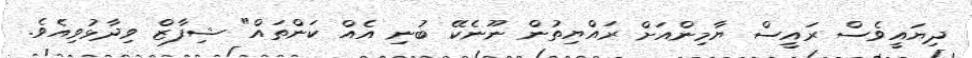
ދިޔައީވެސް ރައީސް ޔާމިންއަށް ރައްޔިތުން ނޫނެކޭ ބުނި އެއް ކަންތައް" ޝިފާޒް ވިދާޅުވިއެވެ.